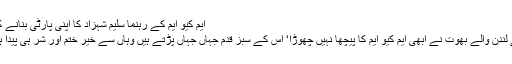
ایم کیو ایم کے رہنما سلیم شہزاد کا اپنی پارٹی بنانے کا اعلان
لگتا ہے لندن والے بھوت نے ابھی ایم کیو ایم کا پیچھا نہیں چھوڑا‘ اس کے سبز قدم جہاں جہاں پڑتے ہیں وہاں سے خیر ختم اور شر ہی پیدا ہوتا ہے۔